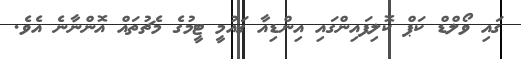
ގައި ވޯލްޑް ކަޕް ކޮލިފައިންގައި އިންޑިއާ ގައުމީ ޓީމުގެ މެޗުތައް އޮންނާނެ އެވެ.